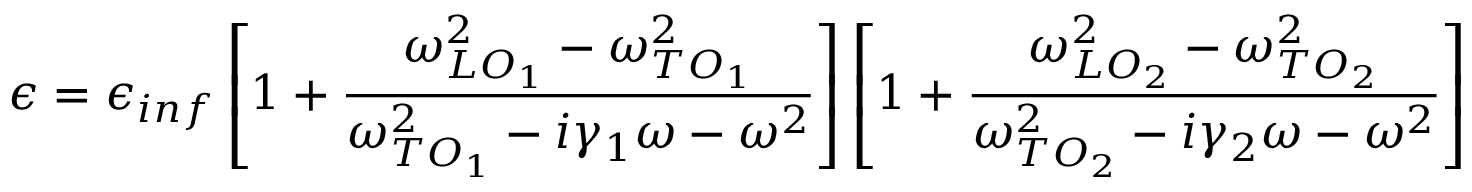
\epsilon = \epsilon _ { i n f } \left[ 1 + \frac { \omega _ { L O _ { 1 } } ^ { 2 } - \omega _ { T O _ { 1 } } ^ { 2 } } { \omega _ { T O _ { 1 } } ^ { 2 } - i \gamma _ { 1 } \omega - \omega ^ { 2 } } \right] \left[ 1 + \frac { \omega _ { L O _ { 2 } } ^ { 2 } - \omega _ { T O _ { 2 } } ^ { 2 } } { \omega _ { T O _ { 2 } } ^ { 2 } - i \gamma _ { 2 } \omega - \omega ^ { 2 } } \right]